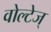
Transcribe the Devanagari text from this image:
वोल्टेज्